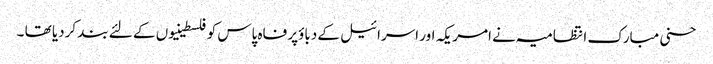
حسنی مبارک انتظامیہ نے امریکہ اور اسرائیل کے دباؤپر فاہ پاس کو فلسطینیوں کے لئے بند کردیا تھا ۔